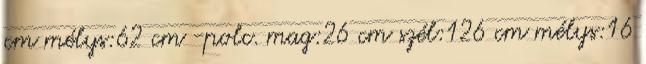
cm mélys:62 cm -polc. mag:26 cm szél:126 cm mélys:16